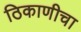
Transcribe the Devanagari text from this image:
ठिकाणीचा